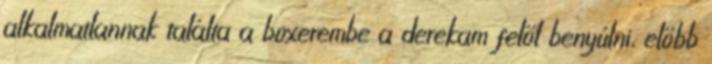
alkalmatlannak találta a boxerembe a derekam felől benyúlni, előbb